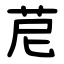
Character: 苨